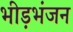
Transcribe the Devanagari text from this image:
भीड़भंजन